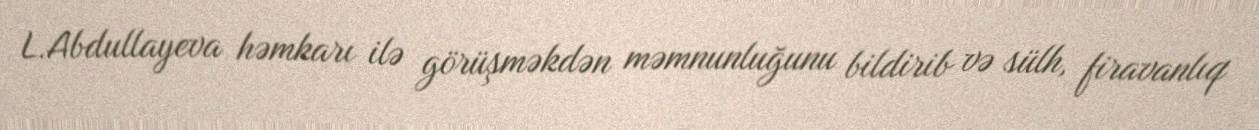
L.Abdullayeva həmkarı ilə görüşməkdən məmnunluğunu bildirib və sülh, firavanlıq